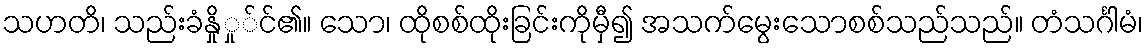
သဟတိ၊ သည်းခံနှိုှု်င်၏။ သော၊ ထိုစစ်ထိုးခြင်းကိုမှီ၍ အသက်မွေးသောစစ်သည်သည်။ တံသင်္ဂါမံ၊